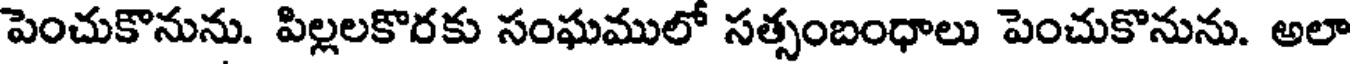
పెంచుకొనును. పిల్లలకొరకు సంఘములో సత్సంబంధాలు పెంచుకొనును. అలా